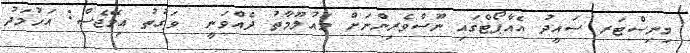
މިނިސްޓަރ ސައީދު އެއާޕޯޓްގައި ނޫސްވެރިންނަށް މައުލޫމާތު ދެއްވަނީ  ވަގުތު އިމޭޖެސް: އަހުމަދު